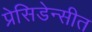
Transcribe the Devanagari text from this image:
प्रेसिडेन्सीत